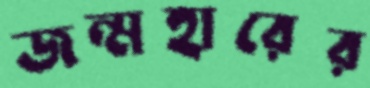
জন্মহারের